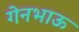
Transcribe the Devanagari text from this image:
गेनभाऊ